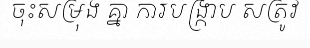
ចុះសម្រុង គ្នា ការបង្ក្រាប សត្រូវ